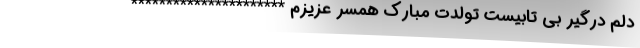
دلم درگیر بی تابیست تولدت مبارک همسر عزیزم **********************